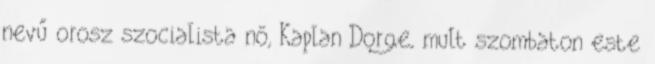
nevű orosz szocialista nő, Kaplan Dorge, mult szombaton este